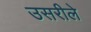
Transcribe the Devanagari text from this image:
उसरीले